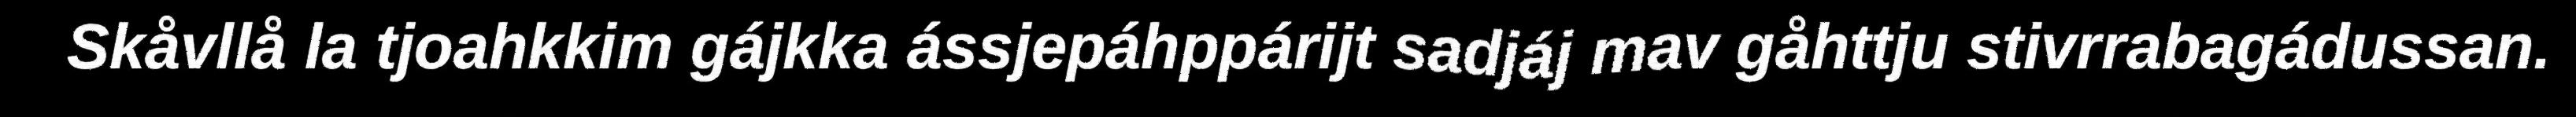
Skåvllå la tjoahkkim gájkka ássjepáhppárijt sadjáj mav gåhttju stivrrabagádussan.